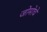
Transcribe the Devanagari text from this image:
जोमोचे